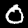
Label: 0